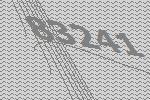
83241